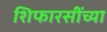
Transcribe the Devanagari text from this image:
शिफारसींच्या